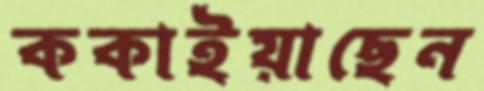
ককাইয়াছেন